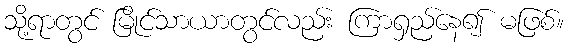
သို့ရာတွင် မြိုင်သာယာတွင်လည်း ကြာရှည်နေ၍ မဖြစ်။